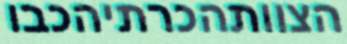
הצוותהכרתיהכבו